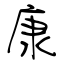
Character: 康